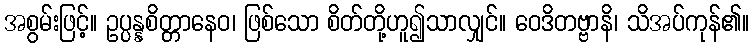
အစွမ်းဖြင့်။ ဥပ္ပန္နစိတ္တာနေဝ၊ ဖြစ်သော စိတ်တို့ဟူ၍သာလျှင်။ ဝေဒိတဗ္ဗာနိ၊ သိအပ်ကုန်၏။